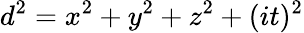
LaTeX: d^{2}=x^{2}+y^{2}+z^{2}+(it)^{2}